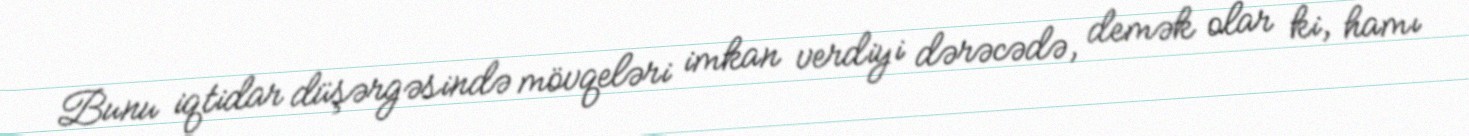
Bunu iqtidar düşərgəsində mövqeləri imkan verdiyi dərəcədə, demək olar ki, hamı